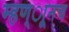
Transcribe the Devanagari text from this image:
म्हण्ाूनच